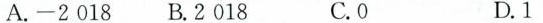
A.-2018 B.2018 C.0 D.1